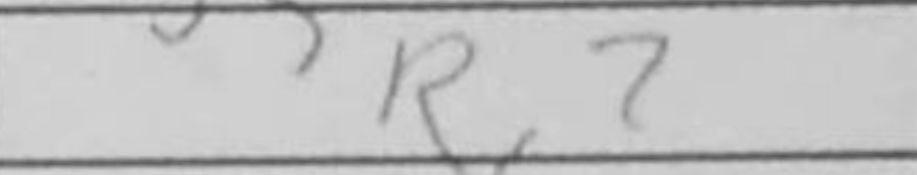
Transcription: Rc7